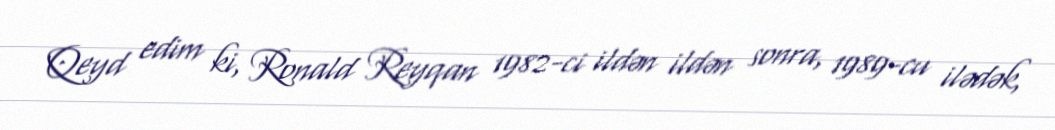
Qeyd edim ki, Ronald Reyqan 1982-ci ildən ildən sonra, 1989-cu ilədək,